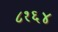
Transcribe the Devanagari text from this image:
८१६४